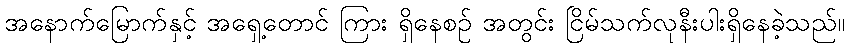
အနောက်မြောက်နှင့် အရှေ့တောင် ကြား ရှိနေစဉ် အတွင်း ငြိမ်သက်လုနီးပါးရှိနေခဲ့သည်။